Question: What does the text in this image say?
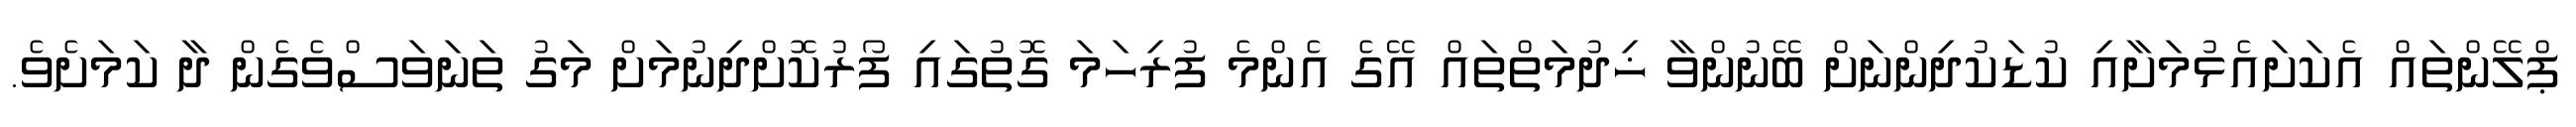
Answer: ޕްލޭންތައް އެކަށައެޅުމަށާއި ކުޑަކުދިންނަށް ބޭނުންވާ ޚިދުމަތްތައް އޭގެ އެންމެ ފުރިހަމަ ގޮތުގައި ފޯރުކޮށްދިނުމަށް މަގު ތަނަވަސްވެގެން ދާ ކަމަށެވެ.